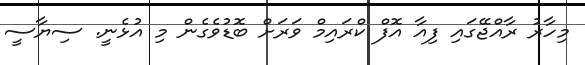
މިހާރު ރާއްޖޭގައި ފިއާ އޮފް ކްރައިމް ވަރަށް ބޮޑުވެގެން މި އުޅެނީ. ސިޔާސީ